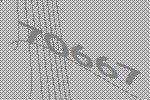
70667